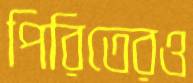
পিরিতেরও